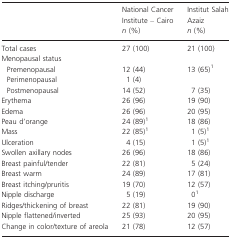
<table><thead><tr><td></td><td><b>National Cancer Institute – Cairo <i>n</i> (%)</b></td><td><b>Institut Salah Azaiz <i>n</i> (%)</b></td></tr></thead><tbody><tr><td>Total cases</td><td>27 (100)</td><td>21 (100)</td></tr><tr><td colspan="3">Menopausal status</td></tr><tr><td> Premenopausal</td><td>12 (44)</td><td>13 (65)1</td></tr><tr><td> Perimenopausal</td><td>1 (4)</td><td></td></tr><tr><td> Postmenopausal</td><td>14 (52)</td><td>7 (35)</td></tr><tr><td>Erythema</td><td>26 (96)</td><td>19 (90)</td></tr><tr><td>Edema</td><td>26 (96)</td><td>20 (95)</td></tr><tr><td>Peau d&#x27;orange</td><td>24 (89)1</td><td>18 (86)</td></tr><tr><td>Mass</td><td>22 (85)1</td><td>1 (5)1</td></tr><tr><td>Ulceration</td><td>4 (15)</td><td>1 (5)1</td></tr><tr><td>Swollen axillary nodes</td><td>26 (96)</td><td>18 (86)</td></tr><tr><td>Breast painful/tender</td><td>22 (81)</td><td>5 (24)</td></tr><tr><td>Breast warm</td><td>24 (89)</td><td>17 (81)</td></tr><tr><td>Breast itching/pruritis</td><td>19 (70)</td><td>12 (57)</td></tr><tr><td>Nipple discharge</td><td>5 (19)</td><td>01</td></tr><tr><td>Ridges/thickening of breast</td><td>22 (81)</td><td>19 (90)</td></tr><tr><td>Nipple flattened/inverted</td><td>25 (93)</td><td>20 (95)</td></tr><tr><td>Change in color/texture of areola</td><td>21 (78)</td><td>12 (57)</td></tr></tbody></table>